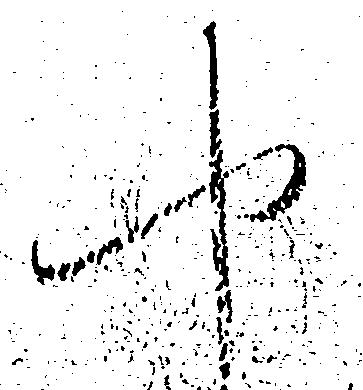
や